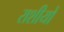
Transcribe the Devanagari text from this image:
राशीयों